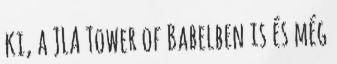
ki, a JLA Tower of Babelben is és még